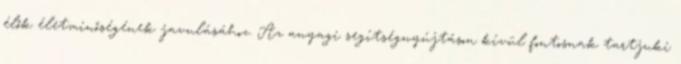
élők életminőségének javulásához. Az anyagi segítségnyújtáson kívül fontosnak tartjuki